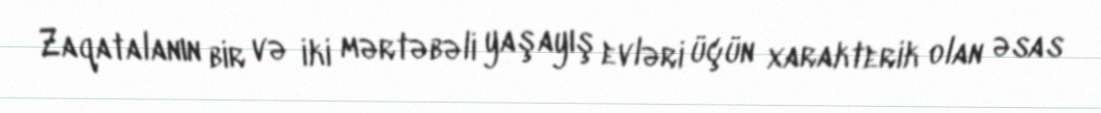
Zaqatalanın bir və iki mərtəbəli yaşayış evləri üçün xarakterik olan əsas